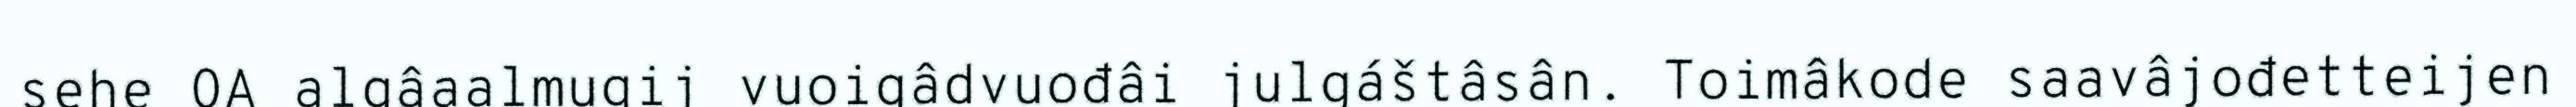
sehe OA algâaalmugij vuoigâdvuođâi julgáštâsân. Toimâkode saavâjođetteijen